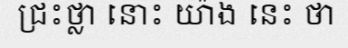
ជ្រះថ្លា នោះ យ៉ាង នេះ ថា